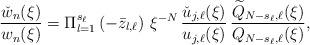
LaTeX: \begin{align*}\frac{\check{w}_n(\xi)}{w_n(\xi)}=\Pi_{l=1}^{s_\ell}\left(-\bar z_{l,\ell}\right)\,\xi^{-N}\,\frac{\check{u}_{j,\ell}(\xi)}{u_{j,\ell}(\xi)}\,\frac{\widetilde{Q}_{N-s_\ell,\ell}(\xi)}{Q_{N-s_\ell,\ell}(\xi)},\end{align*}